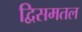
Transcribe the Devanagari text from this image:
द्विसमतल